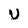
Character: U